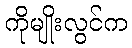
ကိုမျိုးလွင်က